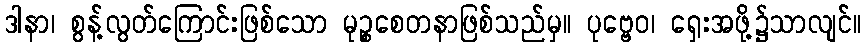
ဒါနာ၊ စွန့်လွတ်ကြောင်းဖြစ်သော မုဉ္စစေတနာဖြစ်သည်မှ။ ပုဗ္ဗေဝ၊ ရှေးအဖို့၌သာလျင်။